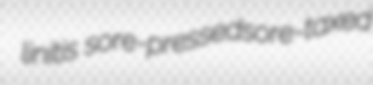
linitis sore-pressedsore-taxed